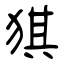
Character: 猉